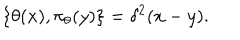
LaTeX: \{ \theta ( x ) , \pi _ { \theta } ( y ) \} = \delta ^ { 2 } ( x - y ) .